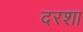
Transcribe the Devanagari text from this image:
दरशा